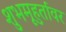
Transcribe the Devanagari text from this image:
शुभमूहुर्तावर